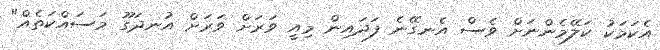
އެކަމަކު ކަލޭމެންނަށް ވެސް އެނގޭނެ ފަދައިން މިއީ ވަރަށް ވަރަށް އުނދަގޫ މަސައްކަތެއް"